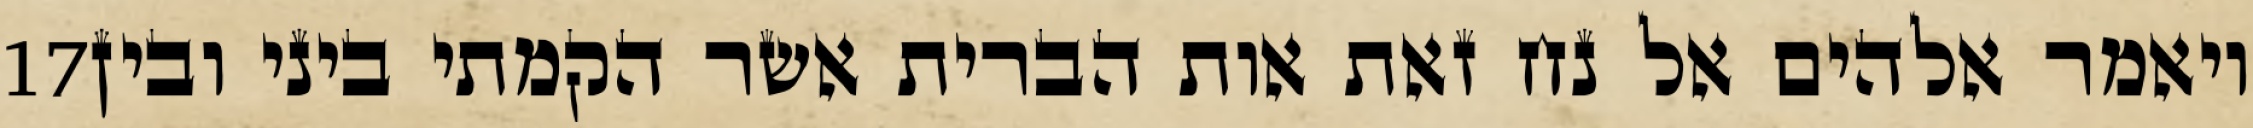
‎17‏ ויאמר אלהים אל נח זאת אות הברית אשר הקמתי ביני ובין